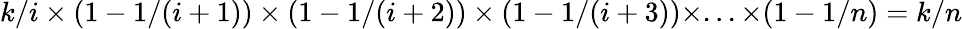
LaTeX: k/i\times(1-1/(i+1))\times(1-1/(i+2))\times(1-1/(i+3))\times...\times(1-1/n)=k/n